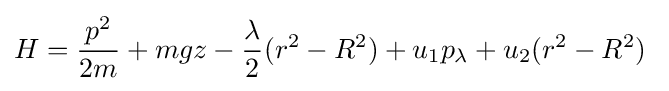
H={\frac {p^{2}}{2m}}+mgz-{\frac {\lambda }{2}}(r^{2}-R^{2})+u_{1}p_{\lambda }+u_{2}(r^{2}-R^{2})~